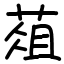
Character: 葅